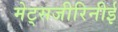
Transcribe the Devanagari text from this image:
मेट्सजीरिनीई